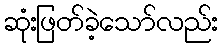
ဆုံးဖြတ်ခဲ့သော်လည်း